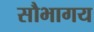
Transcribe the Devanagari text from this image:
सौभागय